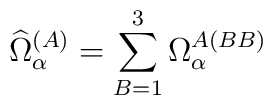
\widehat{\Omega}_{\alpha}^{(A)}=\sum_{B=1}^3\Omega^{A(BB)}_\alpha